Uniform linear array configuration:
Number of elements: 8
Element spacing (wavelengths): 0.25
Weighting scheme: exponential
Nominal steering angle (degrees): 0
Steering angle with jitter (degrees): -0.8636
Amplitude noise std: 0.05
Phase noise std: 0.05

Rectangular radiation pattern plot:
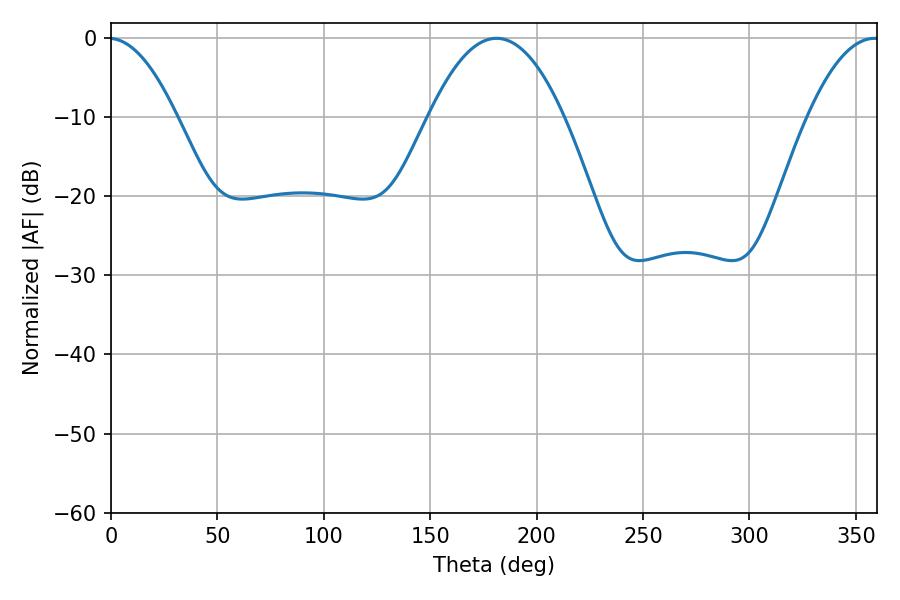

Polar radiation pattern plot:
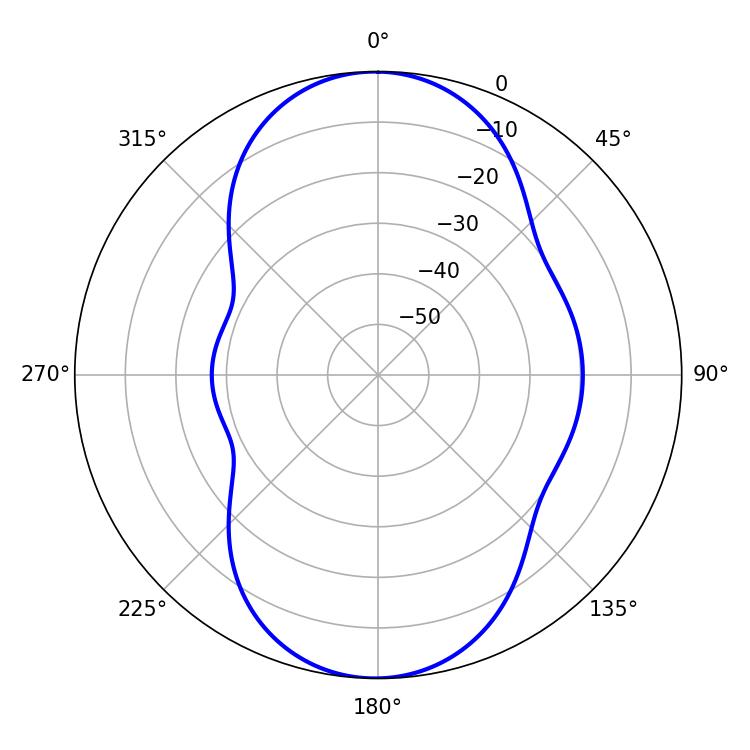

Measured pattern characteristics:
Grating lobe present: FALSE
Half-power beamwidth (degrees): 34.92
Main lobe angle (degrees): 181.08